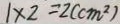
1 \times 2 = 2 ( c m ^ { 2 } )